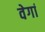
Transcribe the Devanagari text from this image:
वेगां